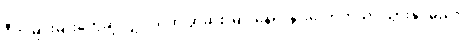
ဒီကမြင်းမျိုးတွေဆိုလျှင် သဲထဲ ခွာဆစ်မြုပ်နေ၍ နွားလောက်သာ သွားနိုင်မည်။